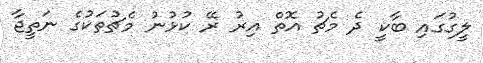
ލީގުގައި ބާކީ ދެ މެޗު އޮތް އިރު ރޭ ކުޅުނު މެޗުތަކުގެ ނަތީޖާ